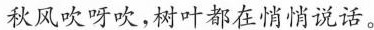
秋风吹呀吹，树叶都在悄悄说话。